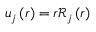
u _ { j } \left( r \right) = r \mathcal { R } _ { j } \left( r \right)